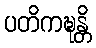
ပတိကဍ္ဎန္တိ